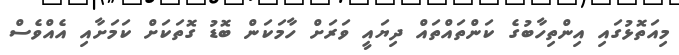
މިއަތޮޅުގައި އިންތިހާބުގެ ކަންތައްތައް ދިޔައީ ވަރަށް ހާމަކަން ބޮޑު ގޮތަކަށް ކަމަށާއި އެއްވެސް